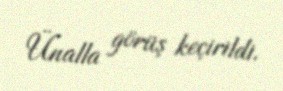
Ünalla görüş keçirildi.